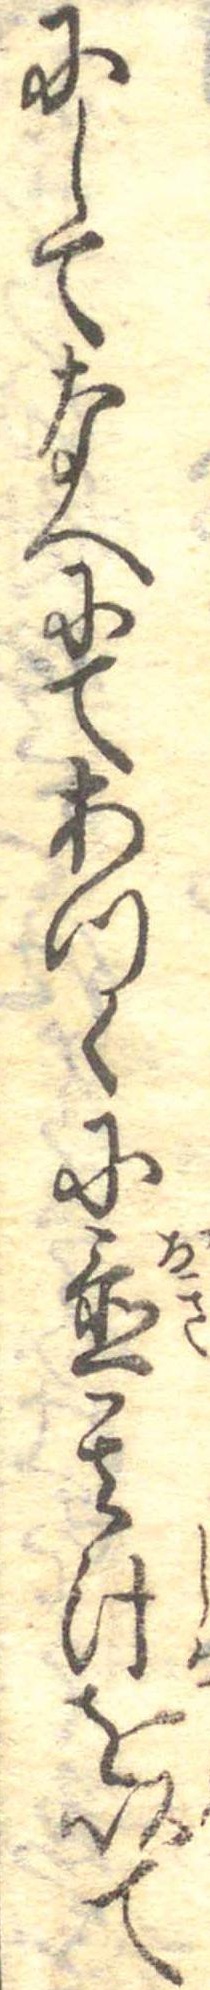
にしてなへにてあつくに置其汁を以て